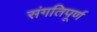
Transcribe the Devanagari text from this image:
संगतिपूर्ण